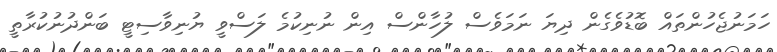
ހަމަނުޖެހުންތައް ބޮޑުވެގެން ދިޔަ ނަމަވެސް ލުހާންސް އިން ނުނިކުމެ ލަސްވީ ޔުނިވާސިޓީ ބަންދުނުކުރާތީ